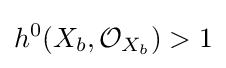
h^{0}(X_{b},{\mathcal {O}}_{X_{b}})>1